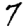
Digit: 7